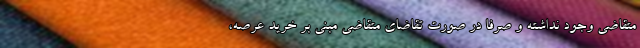
متقاضی وجود نداشته و صرفا در صورت تقاضای متقاضی مبنی بر خرید عرصه،